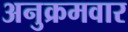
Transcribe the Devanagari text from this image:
अनुक्रमवार